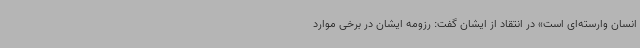
انسان وارسته‌ای است» در انتقاد از ایشان گفت: رزومه ایشان در برخی موارد